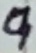
Text: 9